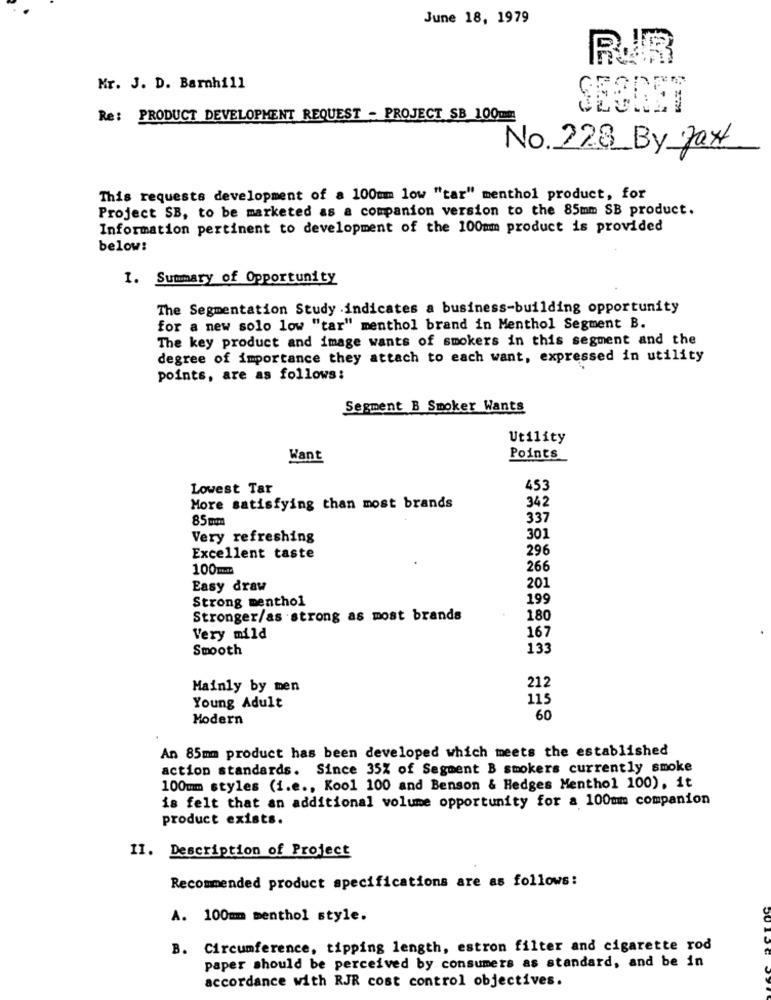
June 18, 1979
RUR
Mr. J. D. Barnhill
SECRET
Re: PRODUCT DEVELOPMENT REQUEST - PROJECT SB 100mm
No. 228 By Jaxt
This requests development of a 100mm low "tar" menthol product, for
Project SB, to be marketed as a companion version to the 85mm SB product.
Information pertinent to development of the 100mm product is provided
below:
1. Summary of Opportunity
The Segmentation Study indicates a business-building opportunity
for a new solo low "tar" menthol brand in Menthol Segment B.
The key product and image wants of smokers in this segment and the
degree of importance they attach to each want, expressed in utility
points, are as follows:
Segment B Smoker Wants
Utility
Want
Points
Lowest Tar
453
342
More satisfying than most brands
85mm
337
Very refreshing
301
296
Excellent taste
266
Easy draw
201
Strong menthol
199
Stronger/as strong as most brands
180
Very mild
167
Smooth
133
Mainly by men
212
115
Young Adult
Modern
60
An 85mm product has been developed which meets the established
action standards. Since 35% of Segment B smokers currently smoke
100mm styles (i.e ., Kool 100 and Benson & Hedges Menthol 100), it
is felt that an additional volume opportunity for a 100mm companion
product exists.
11. Description of Project
Recommended product specifications are as follows:
A. 100mm menthol style.
B. Circumference, tipping length, estron filter and cigarette rod
paper should be perceived by consumers as standard, and be in
accordance with RJR cost control objectives.